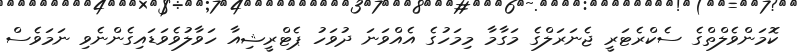
ކޮމަންވެލްތްގެ ސެކްރެޓަރީ ޖެނަރަލްގެ މަގާމާ މިމަހުގެ އެއްވަނަ ދުވަހު ޕެޓްރީޝިއާ ހަވާލުވެވަޑައިގެންނެވި ނަމަވެސް